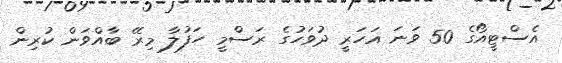
އެސްޓީއޯގެ 50 ވަނަ އަހަރީ ދުވަހުގެ ރަސްމީ ހަފުލާ މިރޭ ބާއްވަން ކުރިން